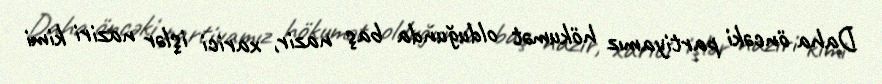
Daha öncəki partiyamız hökumət olduğunda baş nazir, xarici işlər naziri kimi